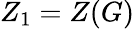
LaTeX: Z_{1}=Z(G)